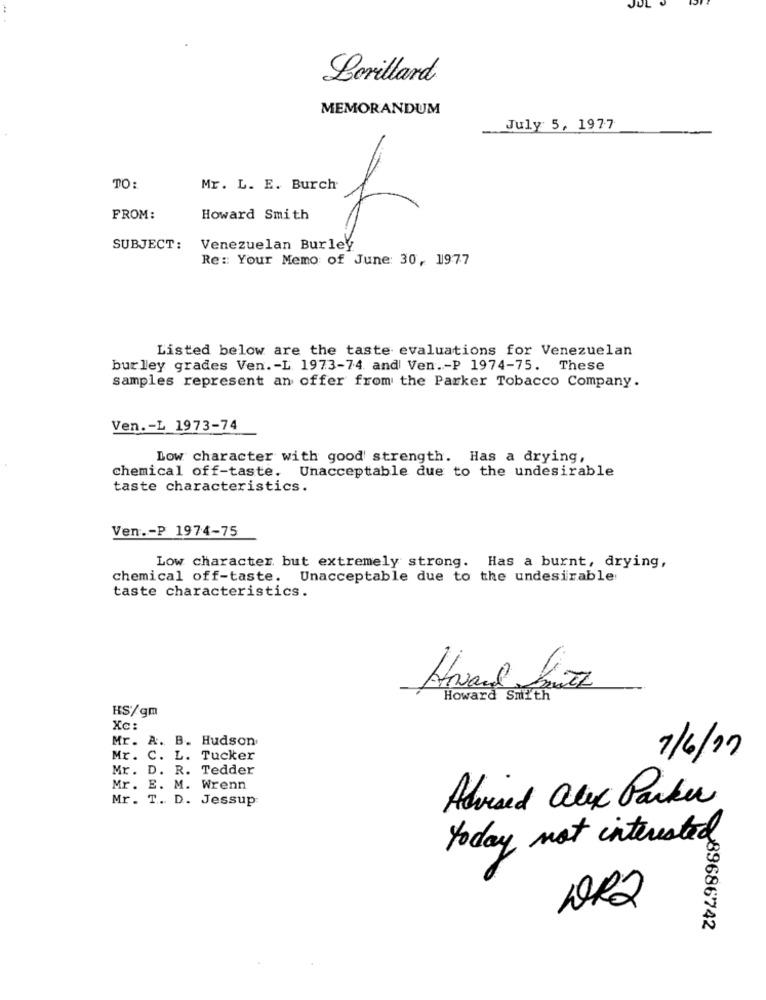
Lorillard
MEMORANDUM
July 5, 1977
TO:
Mr. L. E. Burch
FROM:
Howard Smith
SUBJECT:
Venezuelan Burley
Re: Your Memo of June: 30, 1977
Listed below are the taste evaluations for Venezuelan
bur ley grades Ven. - L 1973-74 and Ven .- P 1974-75. These
samples represent an offer from the Parker Tobacco Company.
Ven .- L 1973-74
Low character with good strength. Has a drying,
chemical off-taste. Unacceptable due to the undesirable
taste characteristics.
Ven .- P 1974-75
Low character but extremely strong. Has a burnt, drying,
chemical off-taste. Unacceptable due to the undesirable
taste characteristics.
Howard Smith
HS/gm
Xc:
Mr. A. B. Hudson
Mr. C. L. Tucker
7/6/17
Mr. D. R. Tedder
Mr. E. M. Wrenn
Mr. T. D. Jessup
Advised alex Parker
today not interested
DR2
89686742